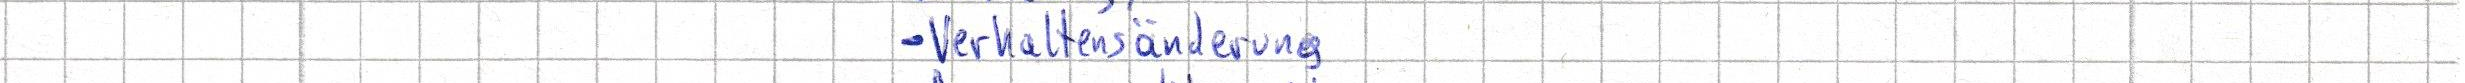
- Verhaltensänderung